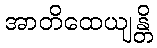
အာတိထေယျန္တိ